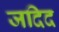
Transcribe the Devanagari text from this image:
जदिद